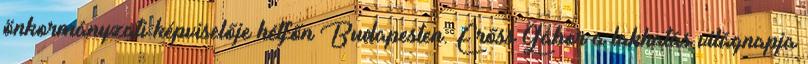
önkormányzati képviselője hétfőn Budapesten. Erőss Gábor a lakhatás világnapja